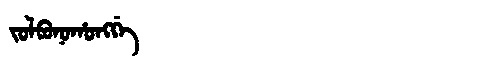
Manchu: ᠵᠣᠯᠪᠣᠨᠣᡥᠣᠩᡤᡝ
Romanization: JOLBONOHONGGE